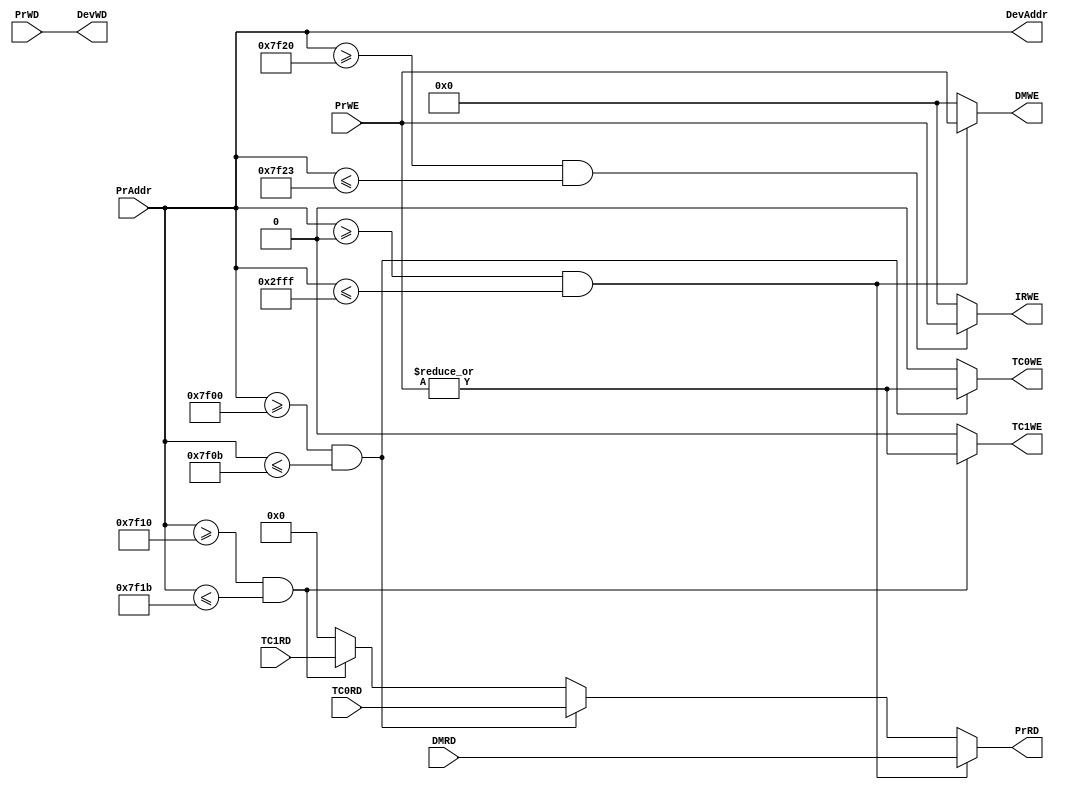
`timescale 1ns / 1ps

module Bridge(
    //
    input [31:0] PrAddr,
    output [31:0] DevAddr,

    // input outputcpu
    input [31:0] DMRD,
    input [31:0] TC0RD,
    input [31:0] TC1RD,
    output [31:0] PrRD,

    // inputcpu output
    input [31:0] PrWD,
    input [3:0] PrWE,
    output [31:0] DevWD,
    output [3:0] DMWE,
    output TC0WE,
    output TC1WE,
    output [3:0] IRWE
    );
    
    assign DevAddr = PrAddr;

    wire DM_sel = (PrAddr>=32'h0000_0000 && PrAddr<=32'h0000_2fff);
    wire TC0_sel = (PrAddr>=32'h0000_7f00 && PrAddr<=32'h0000_7f0b);
    wire TC1_sel = (PrAddr>=32'h0000_7f10 && PrAddr<=32'h0000_7f1b);
    wire IR_sel = (PrAddr>=32'h0000_7f20 && PrAddr<=32'h0000_7f23);

    assign PrRD =   (DM_sel)? DMRD:
                    (TC0_sel)? TC0RD:
                    (TC1_sel)? TC1RD:
                    0;

    assign DevWD = PrWD;

    assign DMWE = DM_sel? PrWE: 4'b0;
    assign TC0WE = TC0_sel? (|PrWE): 1'b0;
    assign TC1WE = TC1_sel? (|PrWE): 1'b0;
    // assign TC0WE = TC0_sel? (&PrWE): 1'b0;
    // assign TC1WE = TC1_sel? (&PrWE): 1'b0;

    assign IRWE = IR_sel? PrWE: 4'b0;
    // assign IRWE = PrWE;

endmodule